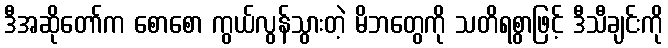
ဒီအဆိုတော်က စောစော ကွယ်လွန်သွားတဲ့ မိဘတွေကို သတိရစွာဖြင့် ဒီသီချင်းကို